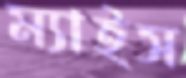
ম্যাইস